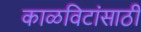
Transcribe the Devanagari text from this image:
काळविटांसाठी